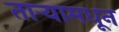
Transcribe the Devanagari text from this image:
तार्‍यामधून